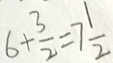
6 + \frac { 3 } { 2 } = 7 \frac { 1 } { 2 }